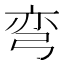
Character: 弯